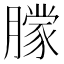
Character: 𬂔